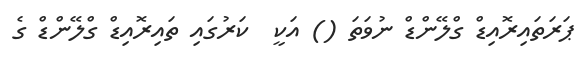
ޕަރަތައިރޮއިޑް ގްލޭންޑް ނުވަތަ () އަކީ  ކަރުގައި ތައިރޮއިޑް ގްލޭންޑް ގެ